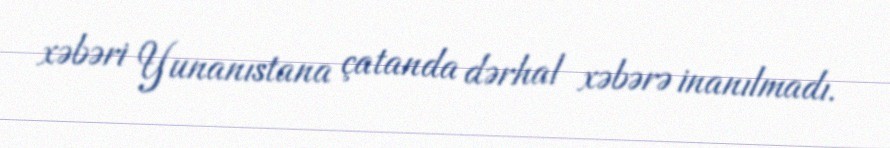
xəbəri Yunanıstana çatanda dərhal xəbərə inanılmadı.